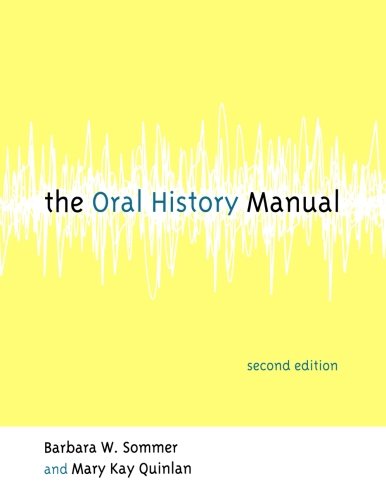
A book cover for The Oral History Manual (American Association for State and Local History); Barbara W. Sommer; History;